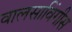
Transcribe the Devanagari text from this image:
वालसाविंगीस